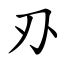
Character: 刅